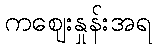
ကဈေးနှုန်းအရ